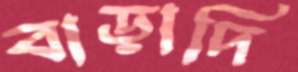
বাড়াদি